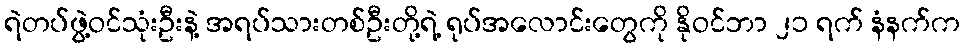
ရဲတပ်ဖွဲ့ဝင်သုံးဦးနဲ့ အရပ်သားတစ်ဦးတို့ရဲ့ ရုပ်အလောင်းတွေကို နိုဝင်ဘာ ၂၁ ရက် နံနက်က